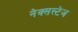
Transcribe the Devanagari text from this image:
नेक्सस्टेज